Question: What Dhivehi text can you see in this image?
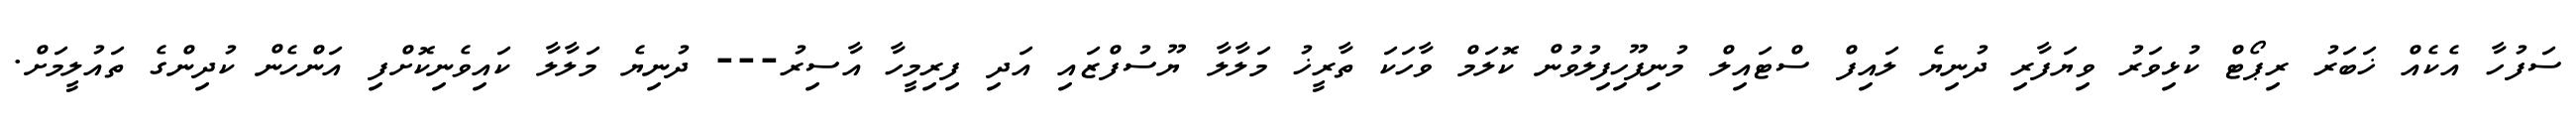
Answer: ސަފުހާ އެކެއް ޚަބަރު ރިޕޯޓް ކުޅިވަރު ވިޔަފާރި ދުނިޔެ ލައިފް ސްޓައިލް މުނިފޫހިފިލުވުން ކޮލަމް ވާހަކަ ތާރީޚު މަލާލާ ޔޫސުފްޒައި އަދި ފިރިމީހާ އާސިރު--- ދުނިޔެ މަލާލާ ކައިވެނިކޮށްފި އަންހެން ކުދިންގެ ތައުލީމަށް.